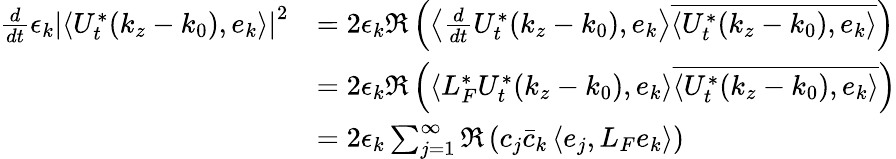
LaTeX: \begin{array}{rl}{\frac{d}{dt}\epsilon_{k}\left|\left\langle U_{t}^{*}(k_{z}-k_{0}),e_{k}\right\rangle\right|^{2}}&{=2\epsilon_{k}\Re\left(\left\langle\frac{d}{dt}U_{t}^{*}(k_{z}-k_{0}),e_{k}\right\rangle\overline{{\left\langle U_{t}^{*}(k_{z}-k_{0}),e_{k}\right\rangle}}\right)}\\ &{=2\epsilon_{k}\Re\left(\left\langle L_{F}^{*}U_{t}^{*}(k_{z}-k_{0}),e_{k}\right\rangle\overline{{\left\langle U_{t}^{*}(k_{z}-k_{0}),e_{k}\right\rangle}}\right)}\\ &{=2\epsilon_{k}\sum_{j=1}^{\infty}\Re\left(c_{j}\bar{c}_{k}\left\langle e_{j},L_{F}e_{k}\right\rangle\right)}\end{array}